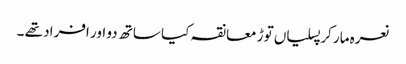
نعرہ مار کر پسلیاں توڑ معانقہ کیا ساتھ دو اور افراد تھے ۔